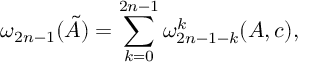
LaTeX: \omega _ { 2 n - 1 } ( \tilde { A } ) = \sum _ { k = 0 } ^ { 2 n - 1 } \omega _ { 2 n - 1 - k } ^ { k } ( A , c ) ,